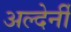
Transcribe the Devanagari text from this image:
अल्देर्नी